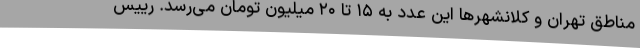
مناطق تهران و کلانشهرها این عدد به ۱۵ تا ۲۰ میلیون تومان می‌رسد. رییس